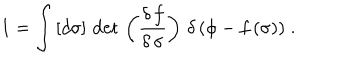
1 = \int \, [ d \sigma ] \, \det \, \left( \frac { \delta \, f } { \delta \, \sigma } \right) \, \delta \, ( \phi - f \, ( \sigma ) ) \; .